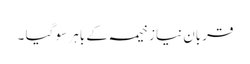
قربان نیاز خیمہ کے باہر سو گیا ۔